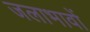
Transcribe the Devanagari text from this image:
जलाभावों